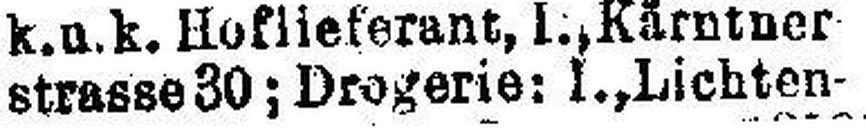
strasse 30; Drogerie: l., Lichten¬